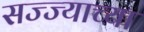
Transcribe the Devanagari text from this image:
सज्ज्याच्या